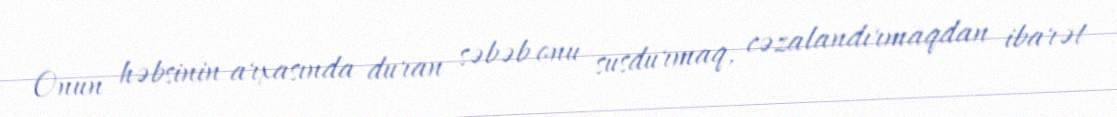
Onun həbsinin arxasında duran səbəb onu susdurmaq, cəzalandırmaqdan ibarət